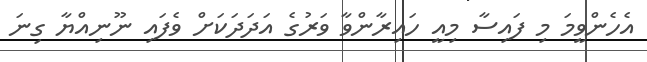
އެހެންވީމަ މި ފައިސާ މިއީ ހައިރާންވާ ވަރުގެ އަދަދަކަށް ވެފައި ނޫނިއްޔާ ގިނަ